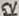
Text: 5V